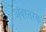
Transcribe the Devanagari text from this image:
अवरतरक